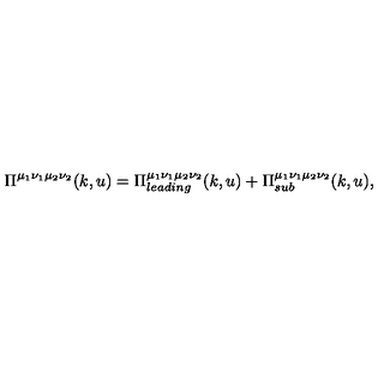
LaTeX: \Pi ^ { \mu _ { 1 } \nu _ { 1 } \mu _ { 2 } \nu _ { 2 } } ( k , u ) = \Pi _ { l e a d i n g } ^ { \mu _ { 1 } \nu _ { 1 } \mu _ { 2 } \nu _ { 2 } } ( k , u ) + \Pi _ { s u b } ^ { \mu _ { 1 } \nu _ { 1 } \mu _ { 2 } \nu _ { 2 } } ( k , u ) ,